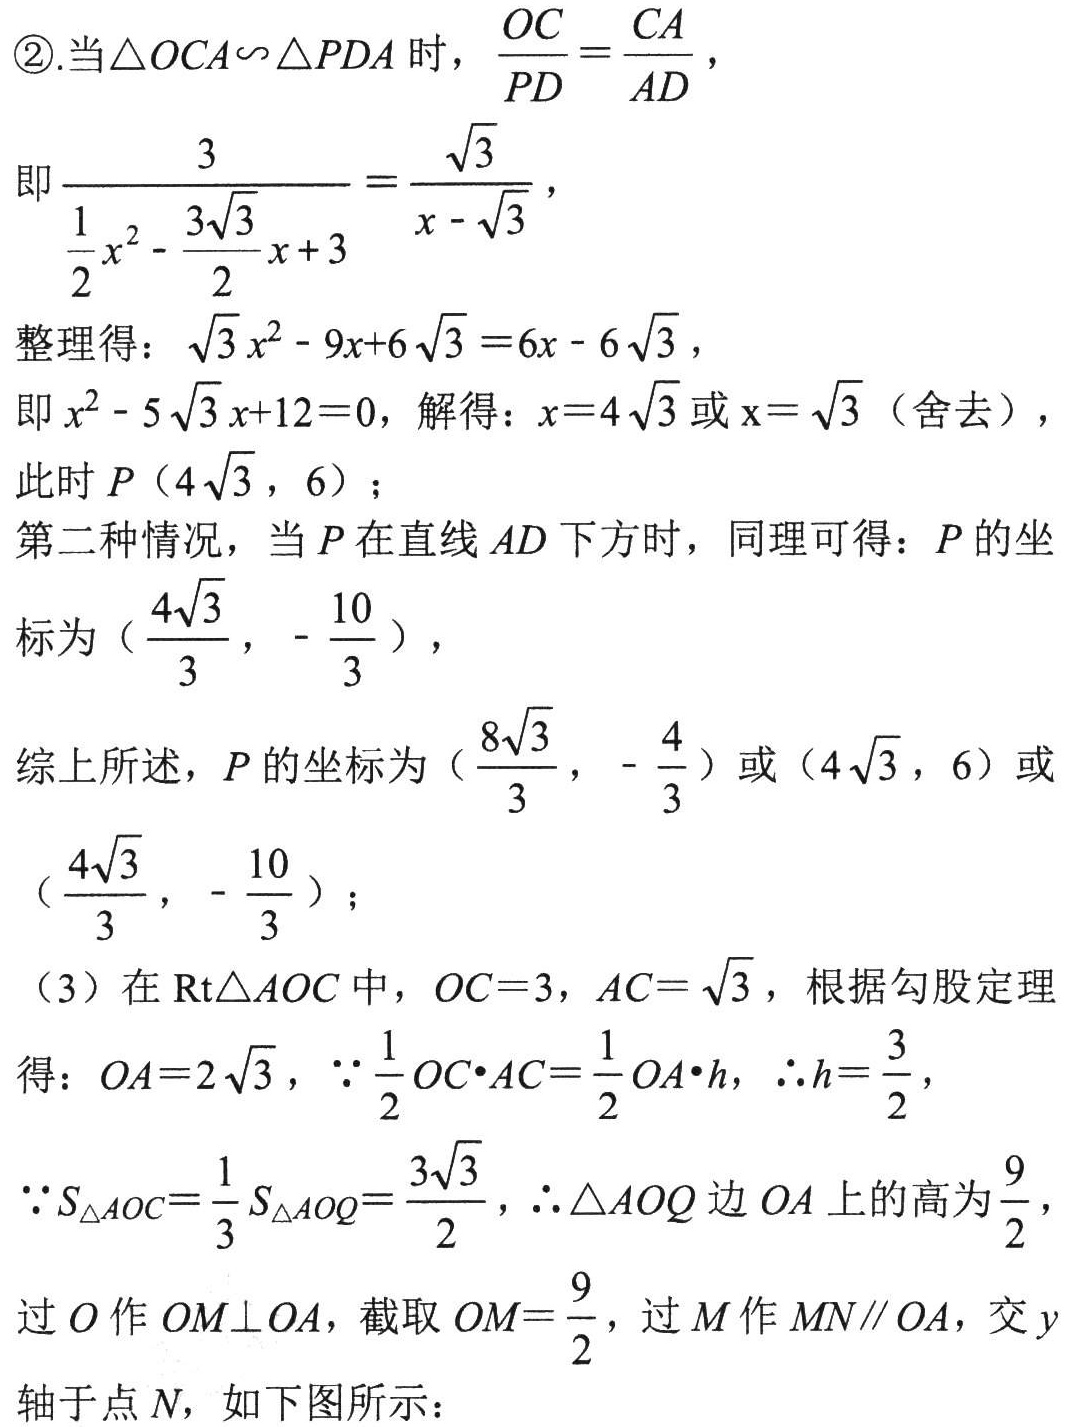
\textcircled{2}.当$\triangle OCA\sim\triangle PDA$时，$\frac{OC}{PD}=\frac{CA}{AD}$，
即$\frac{3}{\frac{1}{2}x^{2}-\frac{3\sqrt{3}}{2}x + 3}=\frac{\sqrt{3}}{x - \sqrt{3}}$，
整理得：$\sqrt{3}x^{2}-9x + 6\sqrt{3}=6x - 6\sqrt{3}$，
即$x^{2}-5\sqrt{3}x + 12 = 0$，解得：$x = 4\sqrt{3}$或$x=\sqrt{3}$（舍去），
此时$P(4\sqrt{3},6)$；
第二种情况，当$P$在直线$AD$下方时，同理可得：$P$的坐标为$(\frac{4\sqrt{3}}{3},-\frac{10}{3})$，
综上所述，$P$的坐标为$(\frac{8\sqrt{3}}{3},-\frac{4}{3})$或$(4\sqrt{3},6)$或$(\frac{4\sqrt{3}}{3},-\frac{10}{3})$；
（3）在$Rt\triangle AOC$中，$OC = 3$，$AC=\sqrt{3}$，根据勾股定理
得：$OA = 2\sqrt{3}$，$\because\frac{1}{2}OC\cdot AC=\frac{1}{2}OA\cdot h$，$\therefore h=\frac{3}{2}$，
$\because S_{\triangle AOC}=\frac{1}{3}S_{\triangle AOQ}=\frac{3\sqrt{3}}{2}$，$\therefore\triangle AOQ$边$OA$上的高为$\frac{9}{2}$，
过$O$作$OM\perp OA$，截取$OM=\frac{9}{2}$，过$M$作$MN\parallel OA$，交$y$轴于点$N$，如下图所示：